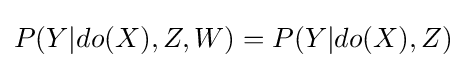
P(Y|do(X),Z,W)=P(Y|do(X),Z)